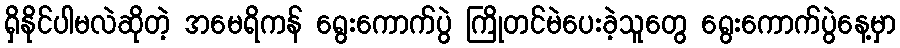
ရှိနိုင်ပါမလဲဆိုတဲ့ အမေရိကန် ရွေးကောက်ပွဲ ကြိုတင်မဲပေးခဲ့သူတွေ ရွေးကောက်ပွဲနေ့မှာ